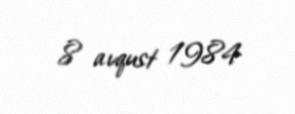
8 avqust 1984